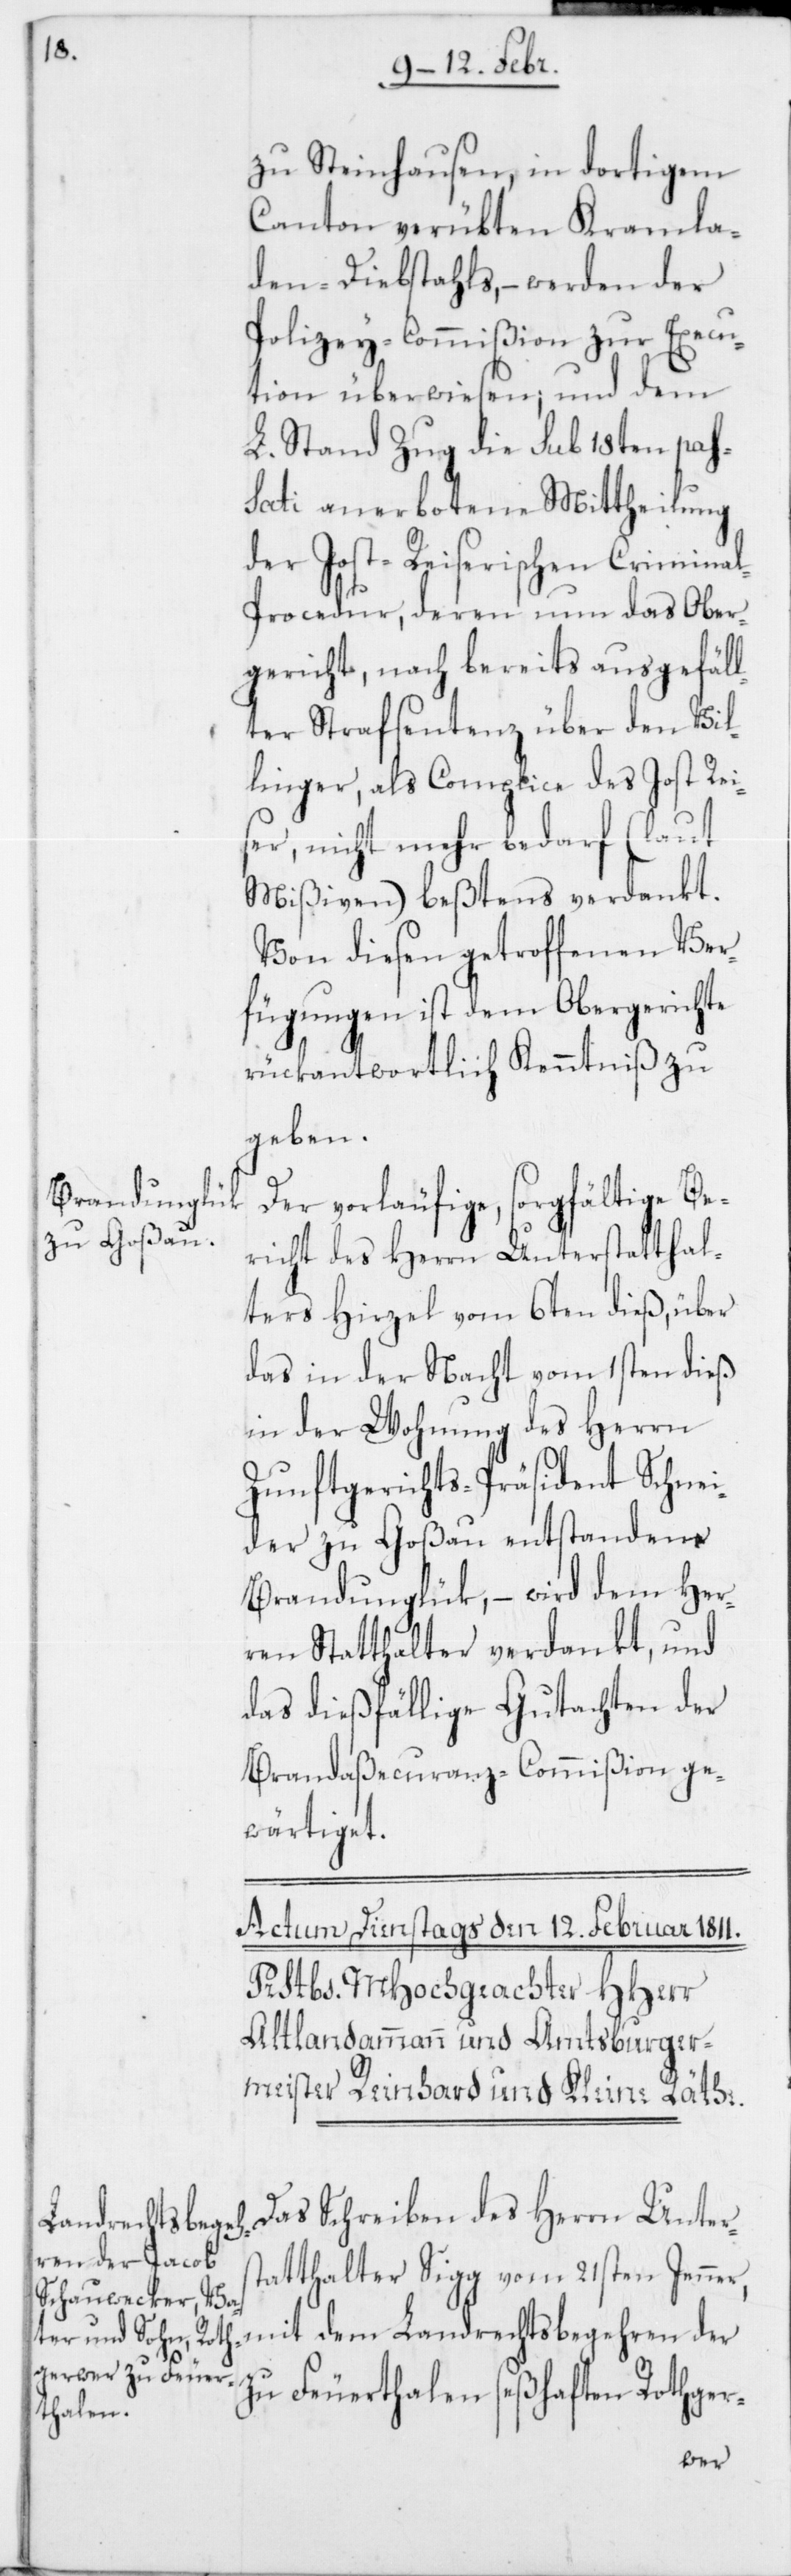
zu Steinhausen in dortigem
Canton verübten Kramla¬
den-Diebstahls, – werden der
Polizey-Commißion zur Execu¬
ton überwiesen, und dem
L. Stand Zug die sub 18ten pas¬
sati anerbotene Mittheilung
der Jost-Reiserischen Crimina¬
l-Procedur, deren nun das Ober¬
gericht, nach bereits ausgefäll¬
ter Strafsentenz über den Vil¬
linger, als Complice des Jost Rei¬
ser, nicht mehr bedarf (laut
Mißiven) beßtens verdankt.
Von diesen getroffenen Ver¬
fügungen ist dem Obergerichte
rückantwortlich Kenntniß zu
geben.
Der vorläufige, sorgfältige Be¬
richt des Herrn Unterstatthal¬
ter Hirzel vom 6ten dieß, über
das in der Nacht vom 1sten dieß
in der Wohnung des Herrn
Zunftgerichts-Präsident Schnei¬
der zu Goßau entstandene
Brandunglük, – wird dem Her¬
ren Statthalter verdankt, und
das dießfällige Gutachten der
Brandaßecuranz-Commißion ge¬
wärtiget.
Das Schreiben des Herrn Unters¬
Landrechtsbegeh¬
tatthalter Sigg vom 21sten Jenner,
zu Feuerthalen seßhaften Rothger-
der